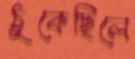
ঠুকেছিলে